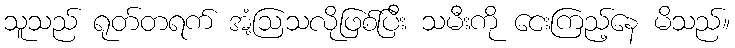
သူသည် ရုတ်တရက် အံ့ဩသလိုဖြစ်ပြီး သမီးကို ငေးကြည့်နေ မိသည်။